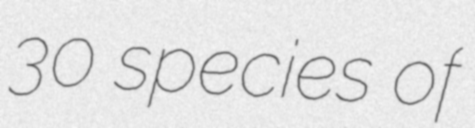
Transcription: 30 species of